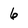
Character: 6